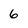
Character: 6